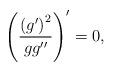
LaTeX: \begin{align*}\left( \frac{\left( g^{\prime }\right) ^{2}}{gg^{\prime \prime }}\right)^{\prime }=0, \end{align*}